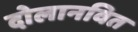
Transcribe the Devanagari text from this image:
दोलानवित